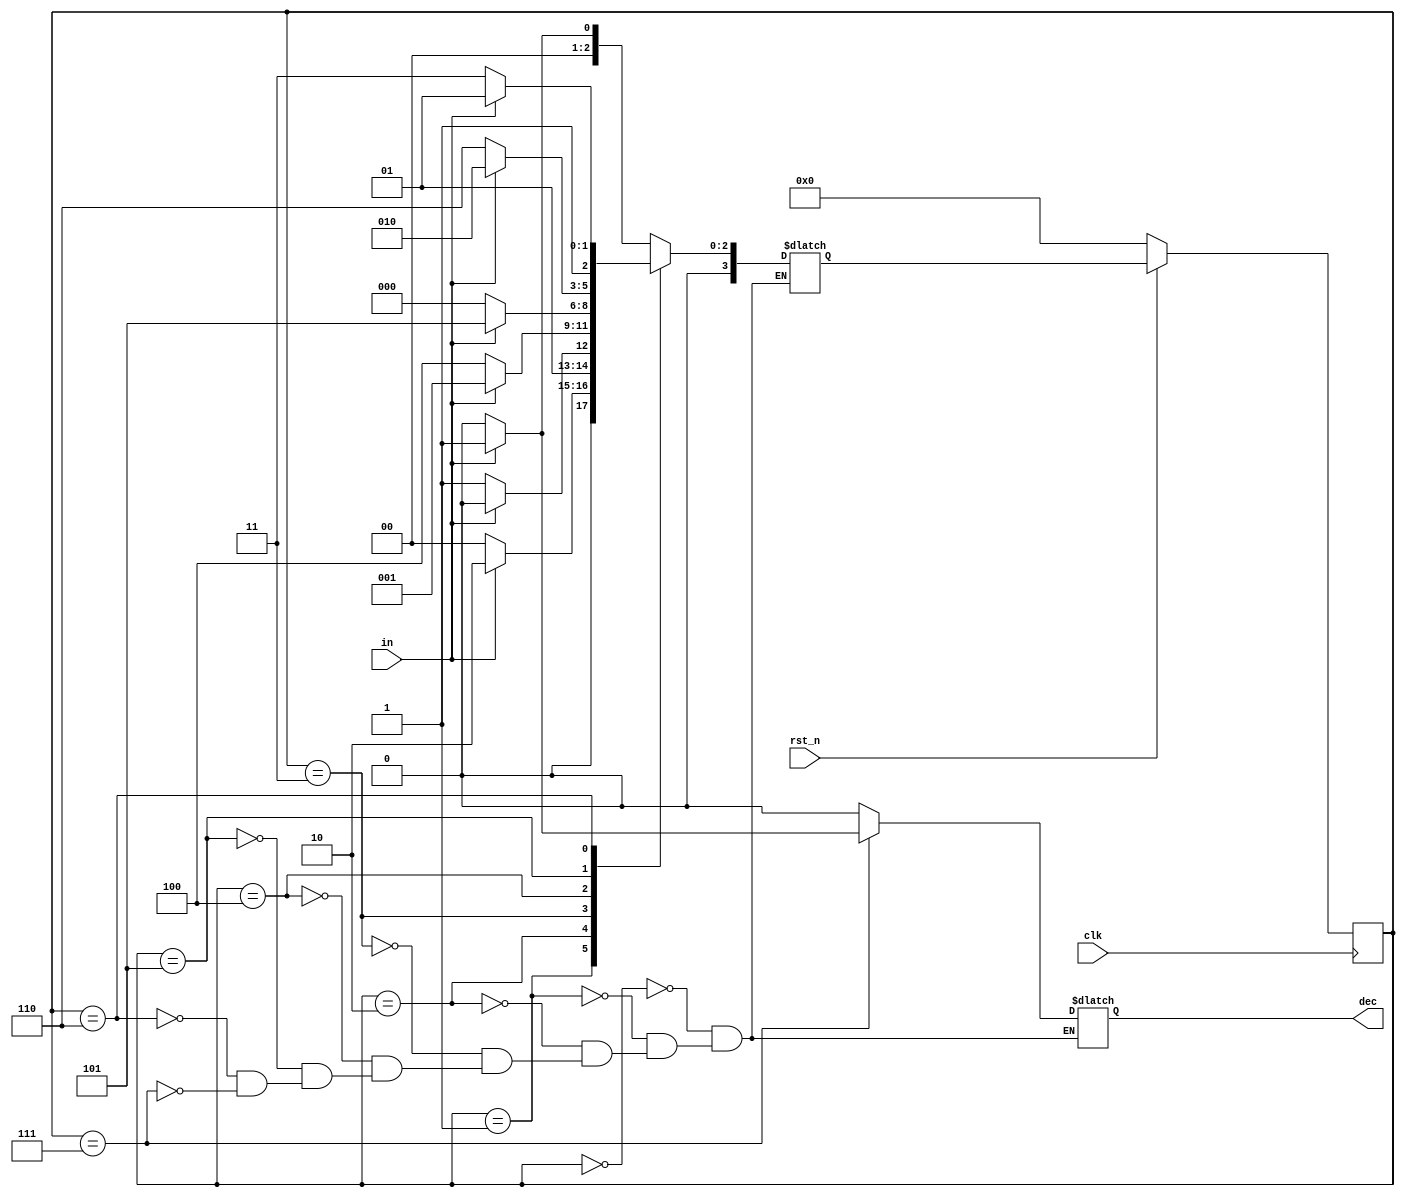
`timescale 1ns/1ps

module Sliding_Window_Sequence_Detector (clk, rst_n, in, dec);
input clk, rst_n;
input in;
output reg dec;

reg [4-1:0] state, next_state;


parameter s0 = 4'd0;
parameter s1 = 4'd1;
parameter s2 = 4'd2;
parameter s3 = 4'd3;
parameter s4 = 4'd4;
parameter s5 = 4'd5;
parameter s6 = 4'd6;
parameter s7 = 4'd7;


    always@(posedge clk) begin
        if(!rst_n) begin
            state <= s0;
        end
        else begin
            state <= next_state;
        end
    end


    always@(*) begin
        case(state)
            s0: begin
                if(in) begin
                    next_state = s1;
                    dec = 1'b0;
                end
                else begin
                    next_state = s0;
                    dec = 1'b0;
                end
            end
            s1: begin
                if(in) begin
                    next_state = s2;
                    dec = 1'b0;
                end
                else begin
                    next_state = s0;
                    dec = 1'b0;
                end
            end
            s2: begin
                if(in) begin
                    next_state = s2;
                    dec = 1'b0;
                end
                else begin
                    next_state = s3;
                    dec = 1'b0;
                end
            end
            s3: begin
                if(in) begin
                    next_state = s1;
                    dec = 1'b0;
                end
                else begin
                    next_state = s4;
                    dec = 1'b0;
                end
            end
            s4: begin
                if(in) begin
                    next_state = s5;
                    dec = 1'b0;
                end
                else begin
                    next_state = s0;
                    dec = 1'b0;
                end
            end
            s5: begin
                if(in) begin
                    next_state = s2;
                    dec = 1'b0;
                end
                else begin
                    next_state = s6;
                    dec = 1'b0;
                end
            end
            s6: begin
                if(in) begin
                    next_state = s5;
                    dec = 1'b0;
                end
                else begin
                    next_state = s7;
                    dec = 1'b0;
                end
            end
            s7: begin
                if(in) begin
                    next_state = s1;
                    dec = 1'b1;
                end
                else begin
                    next_state = s0;
                    dec = 1'b0;
                end
            end
            default:begin
            end
        endcase
    end
endmodule